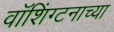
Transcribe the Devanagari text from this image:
वॉशिंग्टनाच्या